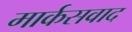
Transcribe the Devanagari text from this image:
मार्कसवाद